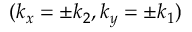
( k _ { x } = \pm k _ { 2 } , k _ { y } = \pm k _ { 1 } )